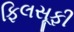
ફિલસૂફી